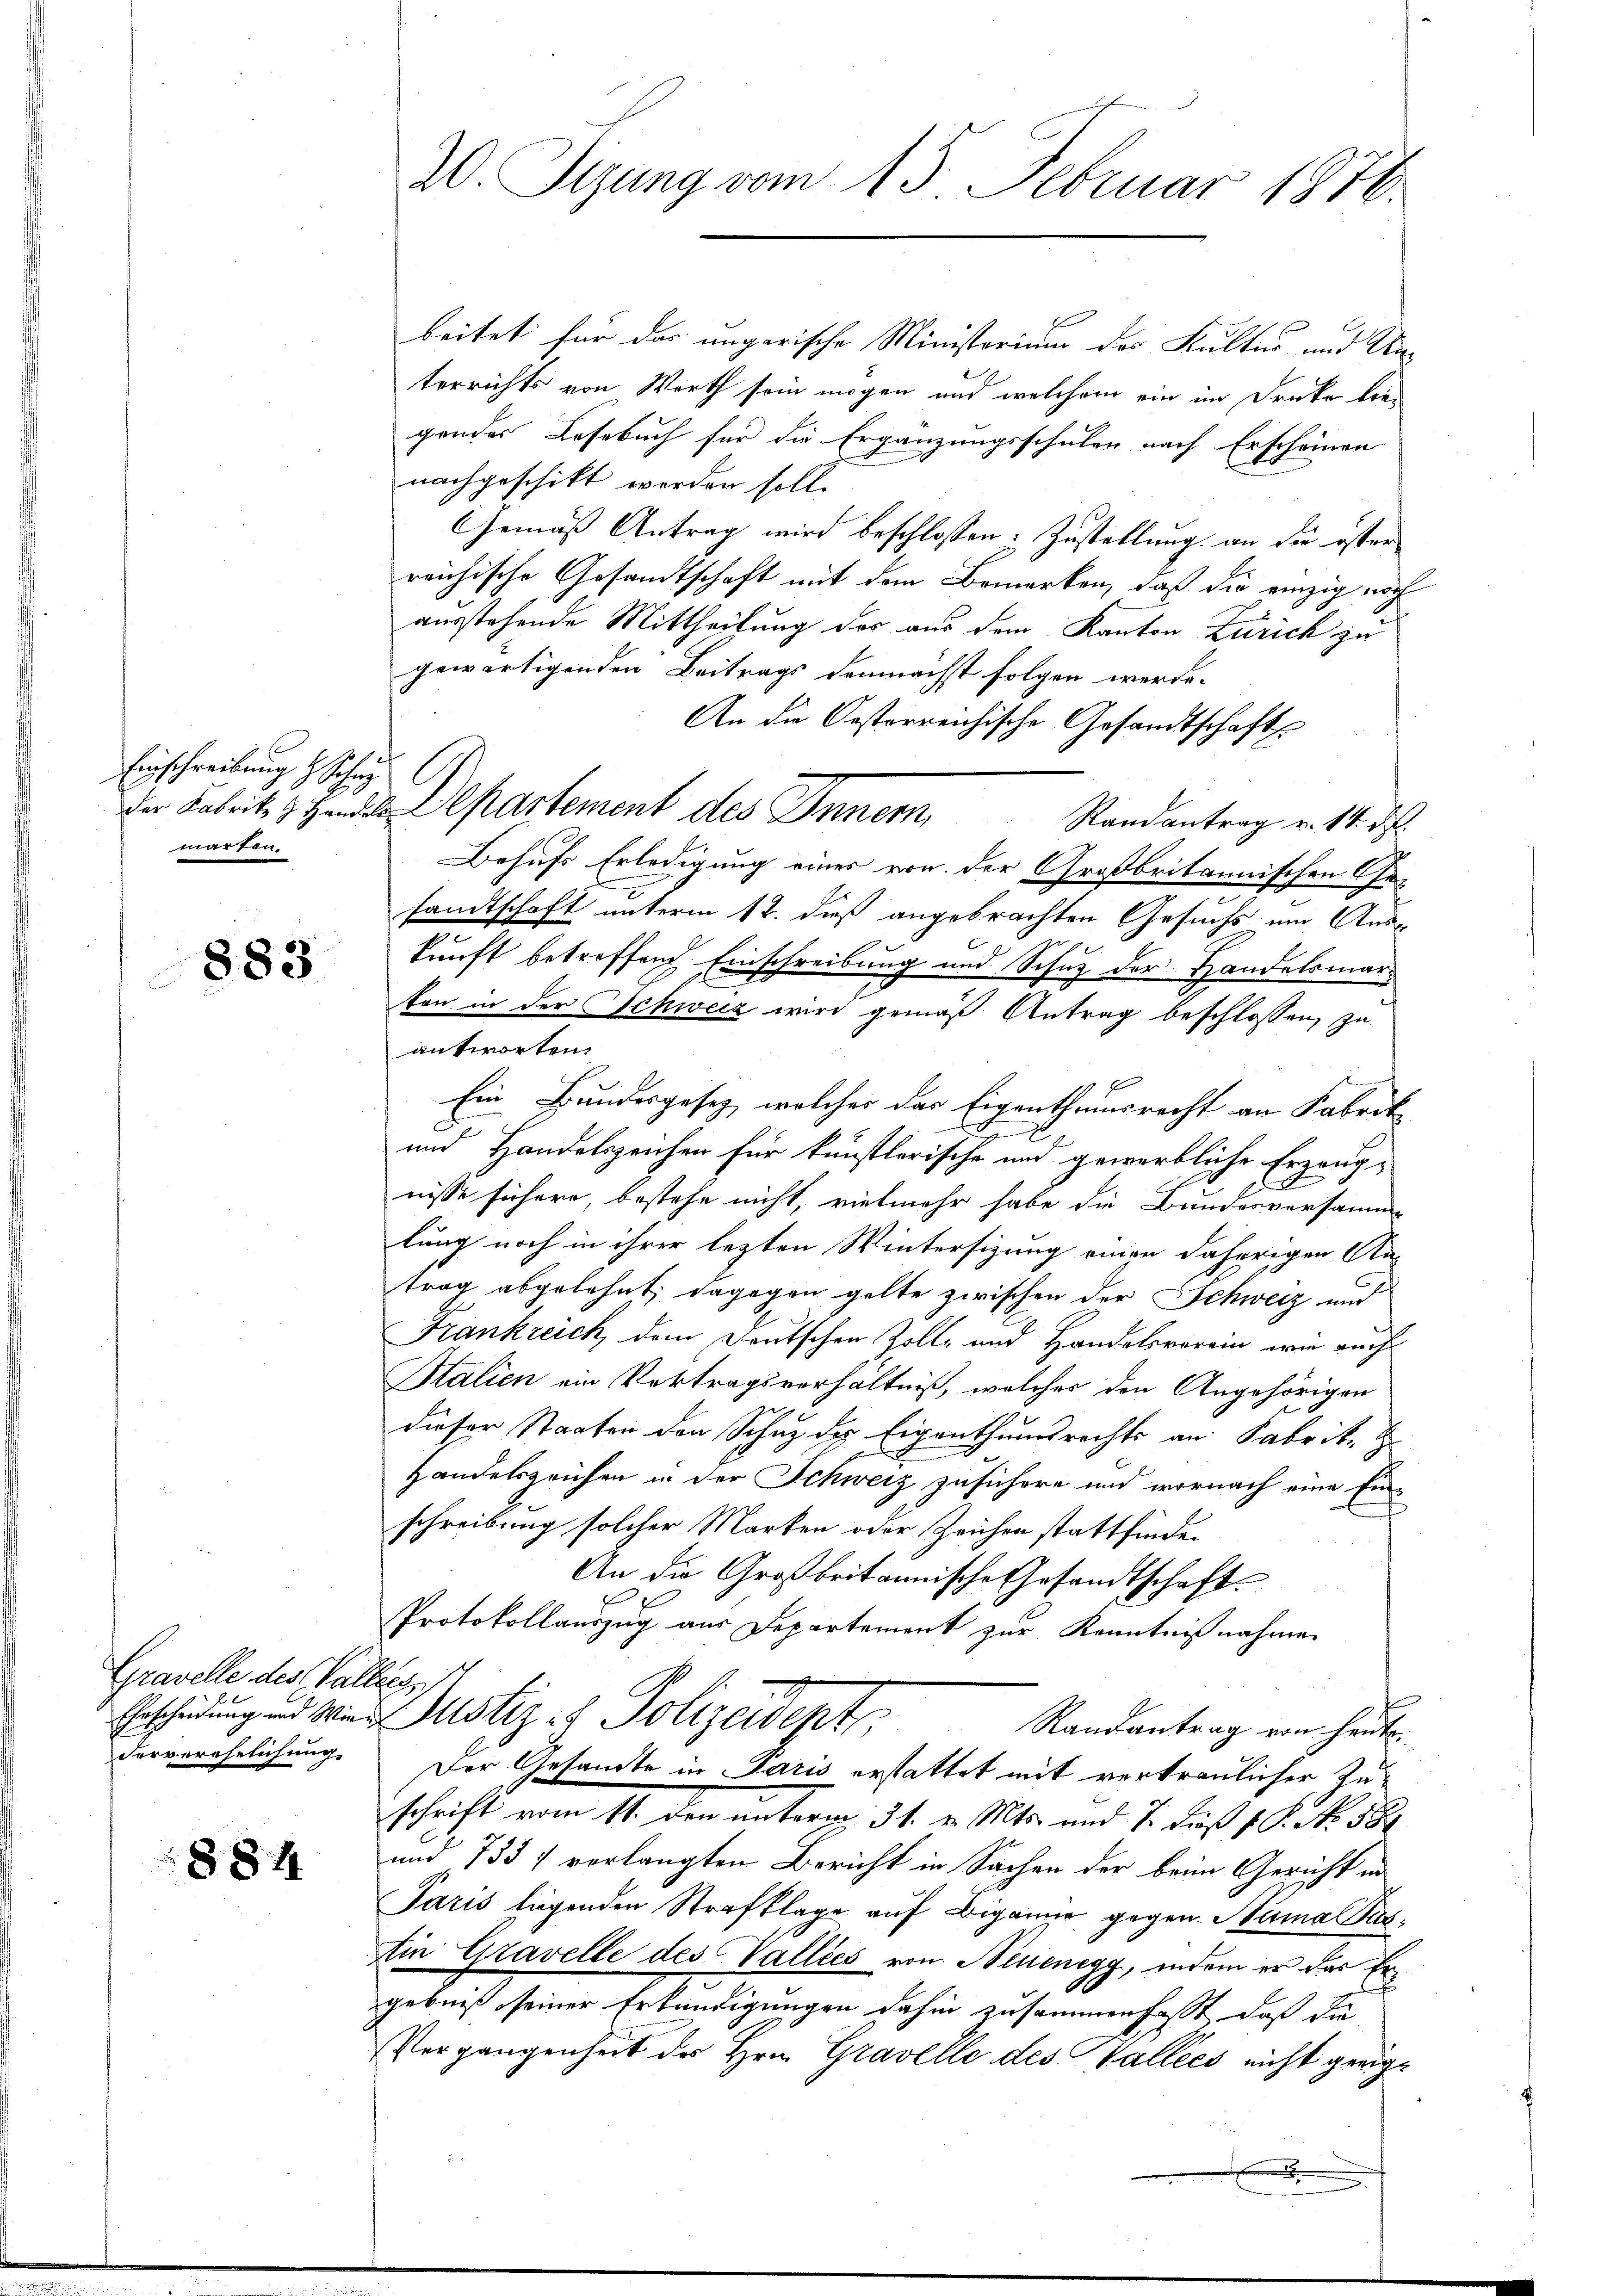
Einschreibung d. Johny
marfen.

883

Gravelle des Gallis, ist
derverehelichung

884

20. Sizung vom 15. Februar 1876.

beitet für das ungarische Ministerium des Kultur und Unterrichts von Worth sein mögen und welchem ein im Drucke liegendes Lesebuch für die Ergänzungsschulen nach Erscheinen
nachgeschikt werden soll.
Gemäss Antrag wird beschlossen: Zustellung an die öster
reichische Gesandtschaft mit dem Bemerken, daß die einzig noch
ausstehende Mittheilung der aus dem Kanton Zürich zu
gewärtigenden Beitrags demnächst folgen werde.
An die Oesterreichische Gesandtschafts
der Fabrit, z. B. die Departement des Innern,
Randantrag v. 14. d.
Behufs Erledigung eines von der Großbritannischen Ge-
sandtschaft unterm 12. dieß angebrachten Gesuchs um Auskunft betreffend Einschreibung und Schuz der Handelsmars
ton in der Schweiz wird gemäß Antrag beschlossen, zu
antworten.
Ein Bundesgesetz, welches das Eigenthumsrecht an Fabrik

und Handelszeichen für künstlerische und gewerbliche Erzeug-
E
nisse sichere, bestehe nicht, vielmehr habe die Bundesversamme
lung noch in ihrer lezten Wintersizung einen daherigen An-
trag abgelehnt, dagegen gelte zwischen der Schweiz und
Frankreich dem Deutschen Zoll- und Handelsverein, wie auch
Salien ein Vortragsverhältniß, welcher den Angehörigen
dieser Staaten den Schuz der Eigenthumsrechts an Fabrik-
Handelszeichen in der Schweiz zusichere und wornach eine Ein-
schreibung solcher Marken oder Zeichen stattfinden
An die Großbritannische Gesandtschaft
Protokollauszug aus Departemont zur Kenntnißnahmen
Geschiedung und wird Notiz & Polizeidept. Randantrag von heut
Der Gesandte in Paris erstattet mit vertraulicher Zuschrift vom 11. den unterm 31. v. Mts. und 7. dieß P. Nr. 584
und 735 f vorlangten Bericht in Sachen der beim Gericht in
Paris liegenden Strafklage auf Bigamie gegen Sama us¬
Ain Gravelle des Valliés von Neuenegg, indem er das Ergebniß seiner Erkundigungen dahin zusammenfaßt, daß die
Vergangenheit des Hrn. Gravelle des Vallees nicht geeig¬